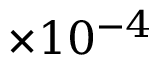
\times 1 0 ^ { - 4 }